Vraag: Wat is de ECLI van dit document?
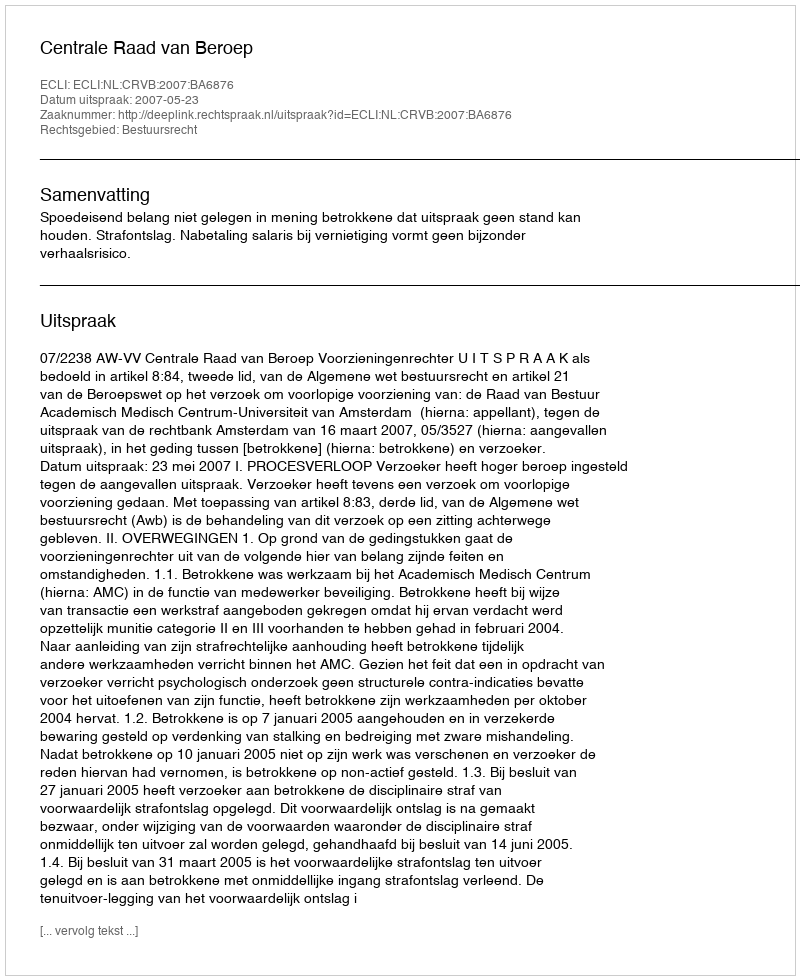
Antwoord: ECLI:NL:CRVB:2007:BA6876